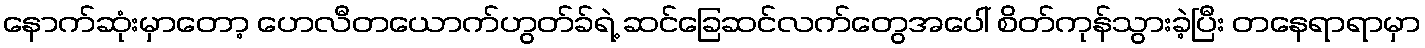
နောက်ဆုံးမှာတော့ ဟေလီတယောက်ဟွတ်ခ်ရဲ့ ဆင်ခြေဆင်လက်တွေအပေါ် စိတ်ကုန်သွားခဲ့ပြီး တနေရာရာမှာ